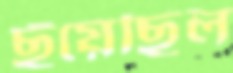
ছুঁয়েছিল